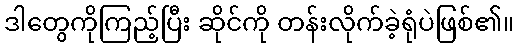
ဒါတွေကိုကြည့်ပြီး ဆိုင်ကို တန်းလိုက်ခဲ့ရုံပဲဖြစ်၏။